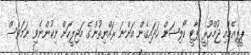
ޕީޕީއެމާއި ޖުމްހޫރީ ޕާޓީ ކޯލިޝަން ހަދައިގެން އަންނަ ރައްޔިތުންގެ މަޖިލީހަށް ނިކުންނެވި ނަމަވެސް